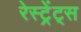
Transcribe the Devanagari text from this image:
रेस्ट्रेंट्स